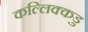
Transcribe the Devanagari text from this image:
कल्लिक्कडु